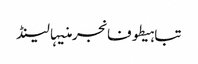
تباہیطوفانجرمنیہالینڈ